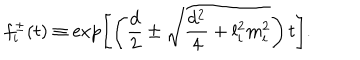
f _ { i } ^ { \pm } ( t ) \equiv \exp \left[ \left( { \frac { d } { 2 } } \pm \sqrt { { \frac { d ^ { 2 } } { 4 } } + l _ { i } ^ { 2 } m _ { i } ^ { 2 } } \right) t \right] .